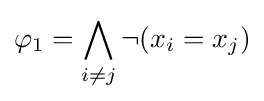
\varphi _{1}=\bigwedge _{i\neq j}\neg (x_{i}=x_{j})